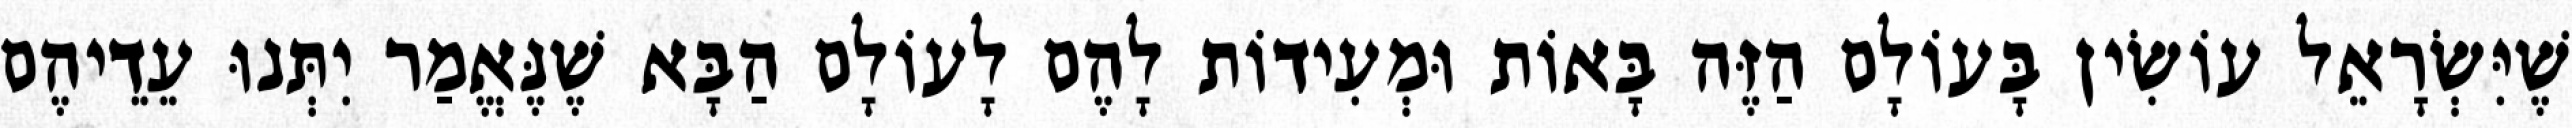
שֶׁיִּשְׂרָאֵל עוֹשִׂין בָּעוֹלָם הַזֶּה בָּאוֹת וּמְעִידוֹת לָהֶם לָעוֹלָם הַבָּא שֶׁנֶּאֱמַר יִתְּנוּ עֵדֵיהֶם